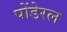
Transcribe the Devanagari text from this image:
पोंडेरल